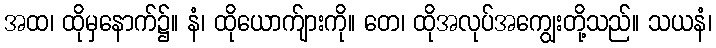
အထ၊ ထိုမှနောက်၌။ နံ၊ ထိုယောက်ျားကို။ တေ၊ ထိုအလုပ်အကျွေးတို့သည်။ သယနံ၊